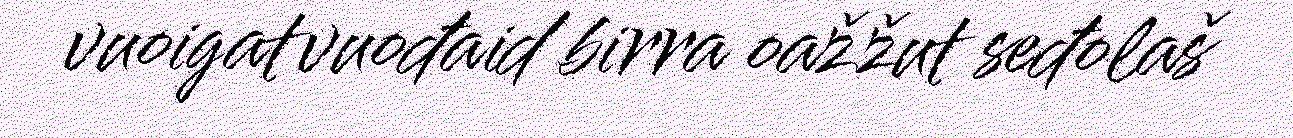
vuoigatvuođaid birra oažžut seđolaš